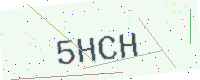
Text: 5HCH